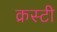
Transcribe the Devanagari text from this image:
क्रस्टी